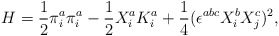
\begin{align*}H=\frac{1}{2}\pi^a_i\pi^a_i-\frac{1}{2}X^a_iK^a_i+\frac{1}{4}(\epsilon^{abc}X^b_i X^c_j)^2,\end{align*}